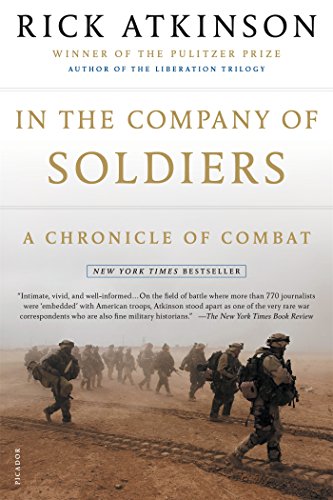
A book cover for In the Company of Soldiers: A Chronicle of Combat; Rick Atkinson; History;